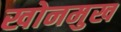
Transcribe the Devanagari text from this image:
खोनमुख